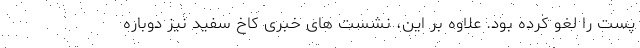
پست را لغو کرده بود. علاوه بر این، نشست های خبری کاخ سفید نیز دوباره